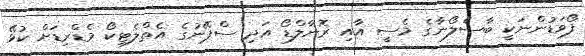
ފޯވަޑުންނަކީ ބާސެލޯނާގެ މެސީ އާއި ރޮނާލްޑޯ އަދި ސްޕޭނުގެ އެތްލެޓިކޯ މެޑްރިޑަށް ކުޅޭ